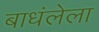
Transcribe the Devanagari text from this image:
बाधंलेला